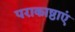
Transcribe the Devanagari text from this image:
पराकाष्ठाएं